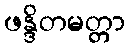
ဖန္ဒိတမတ္တာ